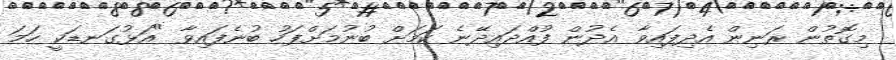
މިގޮތުން ރަނިން އެދިފައިވާ އެދުން ފުއްދައިދޭނެ ކަމަށް ބުނުމަށްފަހު ބުނެފައިވާ "އަޅުގަނޑަކީ ހަމަ